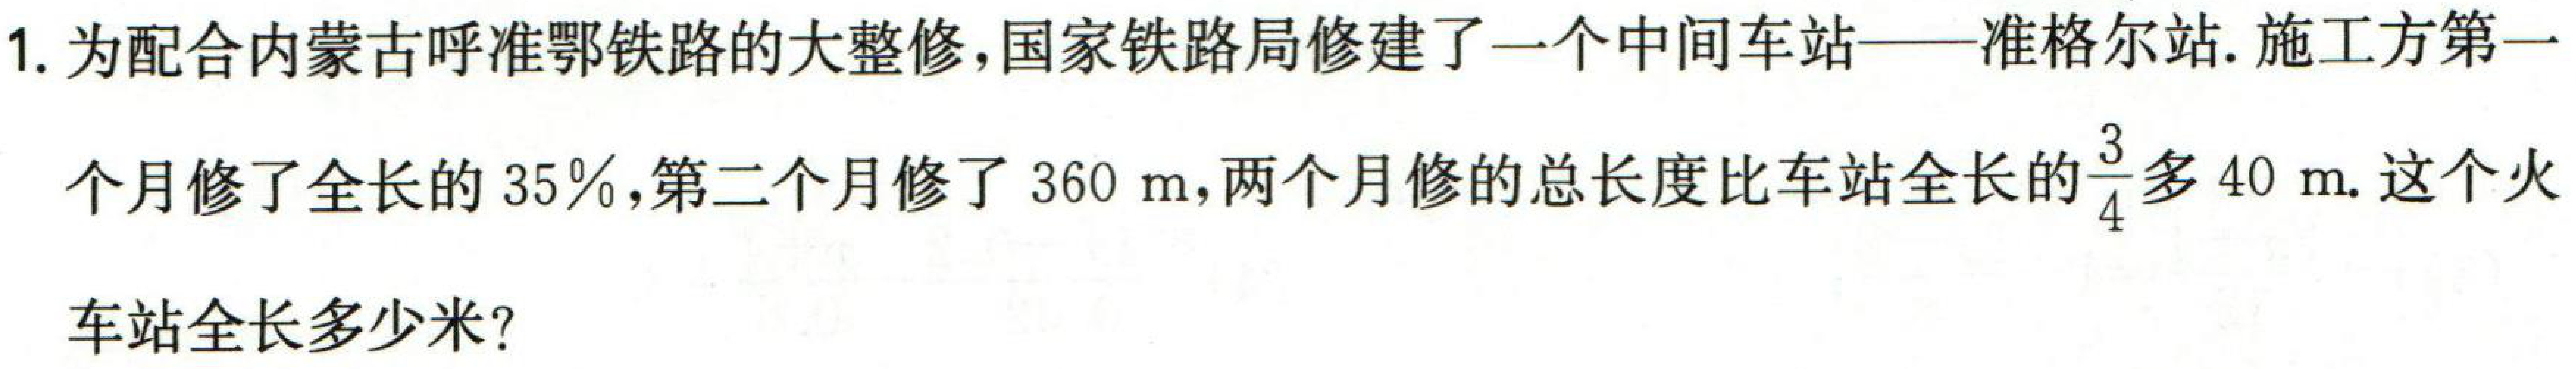
1. 为配合内蒙古呼准鄂铁路的大整修,国家铁路局修建了一个中间车站——准格尔站. 施工方第一个月修了全长的\(35\%\),第二个月修了\(360\mathrm{\ m}\),两个月修的总长度比车站全长的\(\frac{3}{4}\)多\(40\mathrm{\ m}\). 这个火车站全长多少米?